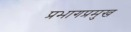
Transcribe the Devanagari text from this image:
प्रभागप्रमुख